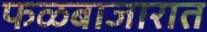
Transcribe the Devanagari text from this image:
फळबाजारात